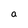
Character: a